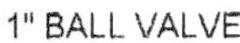
1" BALL VALVE